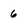
Character: 6